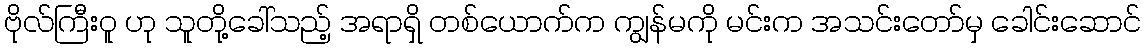
ဗိုလ်ကြီးဝူ ဟု သူတို့ခေါ်သည့် အရာရှိ တစ်ယောက်က ကျွန်မကို မင်းက အသင်းတော်မှ ခေါင်းဆောင်